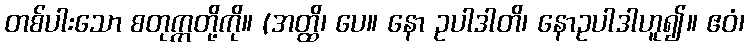
တစ်ပါးသော စတုက္ကတို့ကို။ (အတ္ထိ၊ ပေ။ နော ဥပါဒါတိ၊ နောဥပါဒါဟူ၍။ ဧဝံ၊